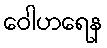
ဝေါဟရေန